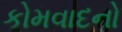
કોમવાદનો